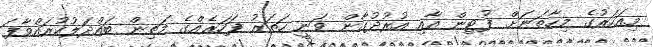
މިއަހަރުގެ މިހާތަނަށް ފުޓިން އާއި އުރުދުގާން ވަނީ ހަތަރު ފަހަރެއްގެ މަތިން ބައްދަލުކުރައްވާފަ